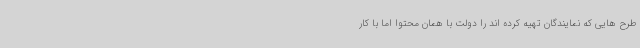
طرح هایی که نمایندگان تهیه کرده اند را دولت با همان محتوا اما با کار